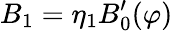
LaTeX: B_{1}=\eta_{1}B_{0}^{\prime}(\varphi)